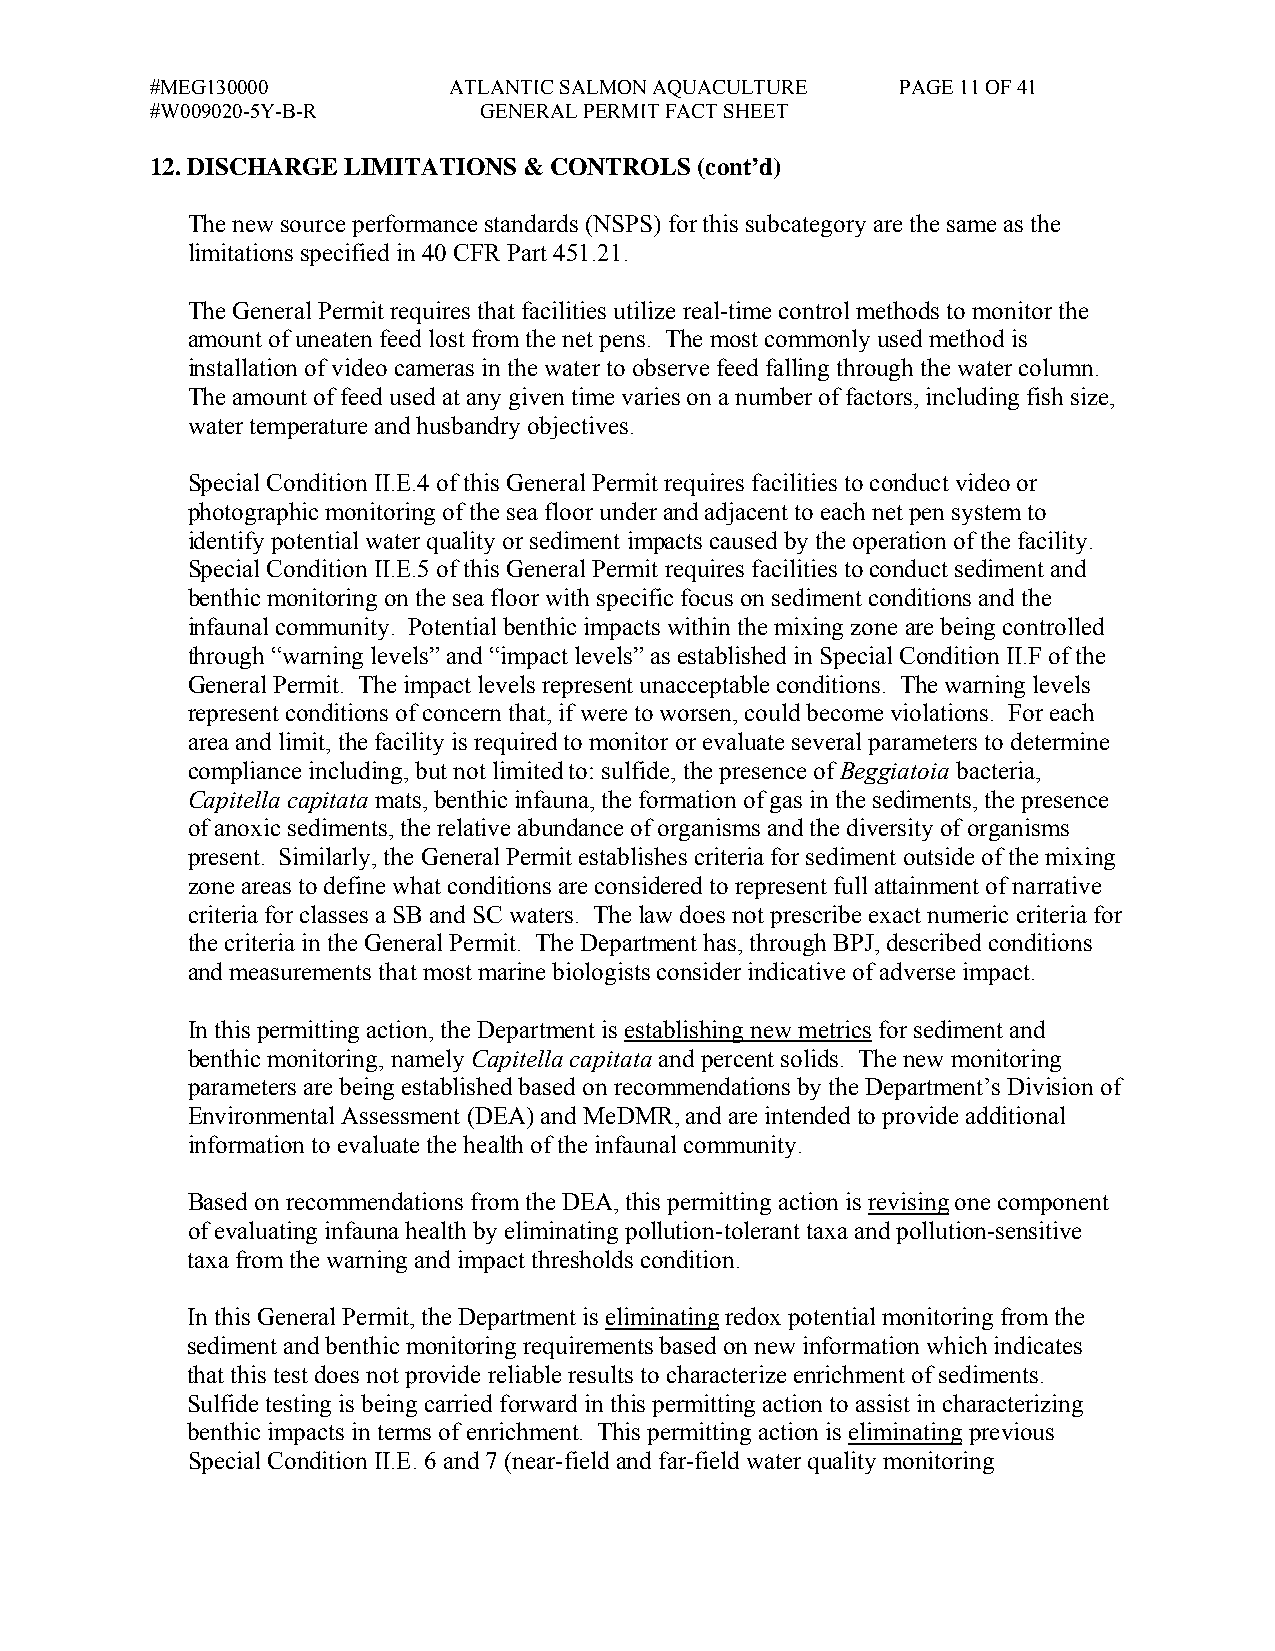
#MEG130000          ATLANTIC SALMON AQUACULTURE   PAGE 11 OF 41
 #W009020-5Y-B-R       GENERAL PERMIT FACT SHEET
 12. DISCHARGE LIMITATIONS & CONTROLS (cont’d)
 The new source performance standards (NSPS) for this subcategory are the same as the
 limitations specified in 40 CFR Part 451.21.
 The General Permit requires that facilities utilize real-time control methods to monitor the
 amount of uneaten feed lost from the net pens. The most commonly used method is
 installation of video cameras in the water to observe feed falling through the water column.
 The amount of feed used at any given time varies on a number of factors, including fish size,
 water temperature and husbandry objectives.
 Special Condition II.E.4 of this General Permit requires facilities to conduct video or
 photographic monitoring of the sea floor under and adjacent to each net pen system to
 identify potential water quality or sediment impacts caused by the operation of the facility.
 Special Condition II.E.5 of this General Permit requires facilities to conduct sediment and
 benthic monitoring on the sea floor with specific focus on sediment conditions and the
 infaunal community. Potential benthic impacts within the mixing zone are being controlled
 through “warning levels” and “impact levels” as established in Special Condition II.F of the
 General Permit. The impact levels represent unacceptable conditions. The warning levels
 represent conditions of concern that, if were to worsen, could become violations. For each
 area and limit, the facility is required to monitor or evaluate several parameters to determine
 compliance including, but not limited to: sulfide, the presence of Beggiatoia bacteria,
 Capitella capitata mats, benthic infauna, the formation of gas in the sediments, the presence
 of anoxic sediments, the relative abundance of organisms and the diversity of organisms
 present. Similarly, the General Permit establishes criteria for sediment outside of the mixing
 zone areas to define what conditions are considered to represent full attainment of narrative
 criteria for classes a SB and SC waters. The law does not prescribe exact numeric criteria for
 the criteria in the General Permit. The Department has, through BPJ, described conditions
 and measurements that most marine biologists consider indicative of adverse impact.
 In this permitting action, the Department is establishing new metrics for sediment and
 benthic monitoring, namely Capitella capitata and percent solids. The new monitoring
 parameters are being established based on recommendations by the Department’s Division of
 Environmental Assessment (DEA) and MeDMR, and are intended to provide additional
 information to evaluate the health of the infaunal community.
 Based on recommendations from the DEA, this permitting action is revising one component
 of evaluating infauna health by eliminating pollution-tolerant taxa and pollution-sensitive
 taxa from the warning and impact thresholds condition.
 In this General Permit, the Department is eliminating redox potential monitoring from the
 sediment and benthic monitoring requirements based on new information which indicates
 that this test does not provide reliable results to characterize enrichment of sediments.
 Sulfide testing is being carried forward in this permitting action to assist in characterizing
 benthic impacts in terms of enrichment. This permitting action is eliminating previous
 Special Condition II.E. 6 and 7 (near-field and far-field water quality monitoring